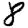
Digit: 8